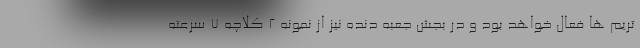
تریم ها فعال خواهد بود و در بجش جعبه دنده نیز از نمونه 2 کلاچه 7 سرعته